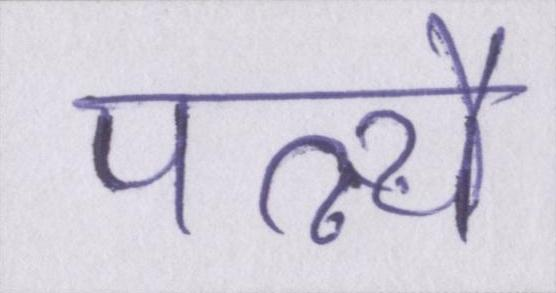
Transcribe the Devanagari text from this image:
पत्न्यै